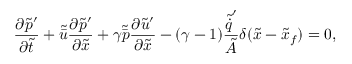
\ensuremath { \frac { \partial \tilde { p } ^ { \prime } } { \partial \tilde { t } } } + \tilde { \bar { u } } \ensuremath { \frac { \partial \tilde { p } ^ { \prime } } { \partial \tilde { x } } } + \gamma \tilde { \bar { p } } \ensuremath { \frac { \partial \tilde { u } ^ { \prime } } { \partial \tilde { x } } } - ( \gamma - 1 ) \frac { \tilde { \dot { q } } ^ { \prime } } { \tilde { A } } \delta ( \tilde { x } - \tilde { x } _ { f } ) = 0 ,